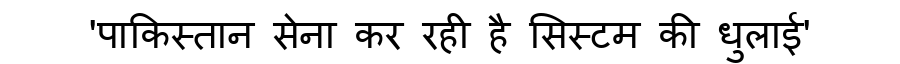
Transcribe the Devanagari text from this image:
'पाकिस्तान सेना कर रही है सिस्टम की धुलाई'